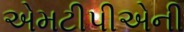
એમટીપીએની